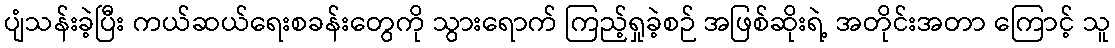
ပျံသန်းခဲ့ပြီး ကယ်ဆယ်ရေးစခန်းတွေကို သွားရောက် ကြည့်ရှုခဲ့စဉ် အဖြစ်ဆိုးရဲ့ အတိုင်းအတာ ကြောင့် သူ